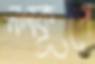
নলকূপে